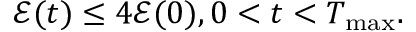
\mathcal { E } ( t ) \leq 4 \mathcal { E } ( 0 ) , 0 < t < T _ { \operatorname* { m a x } } .